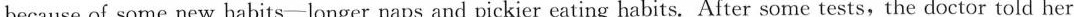
because of some new habits-longer naps and pickier eating habits. After some tests,the doctor told her